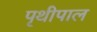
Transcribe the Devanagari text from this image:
पृथीपाल